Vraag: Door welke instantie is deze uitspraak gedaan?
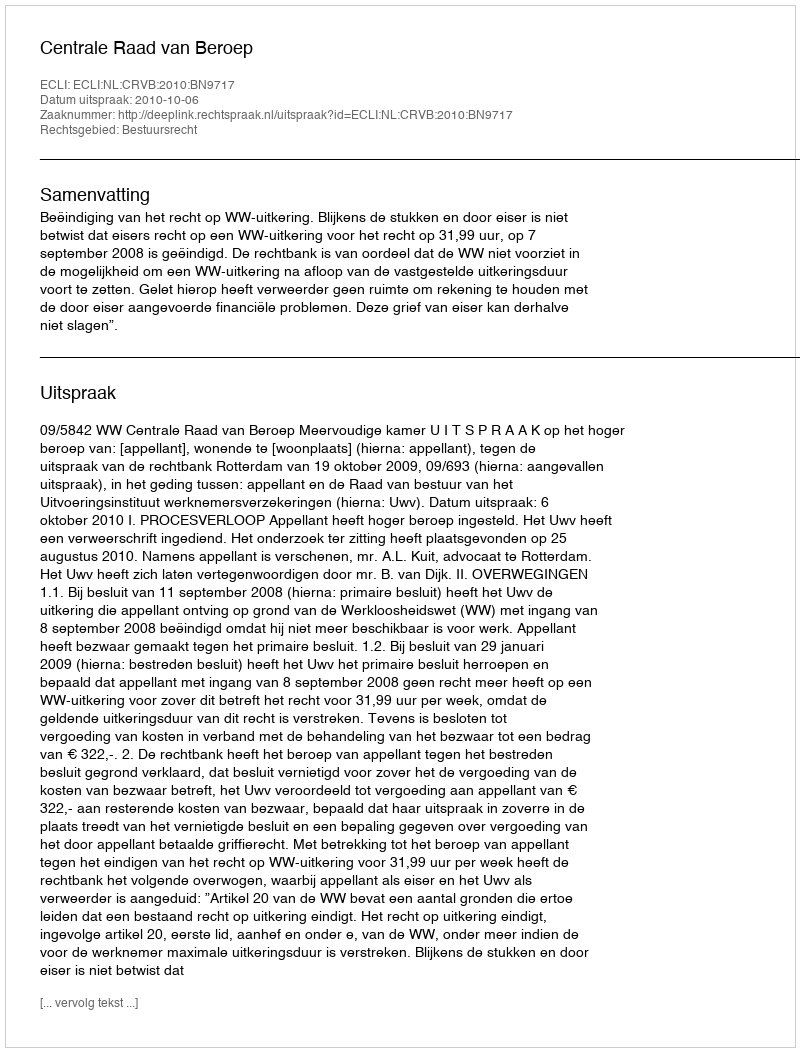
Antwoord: Centrale Raad van Beroep